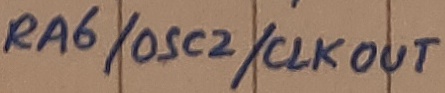
Text: RA6/OSC2/CLKOUT